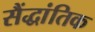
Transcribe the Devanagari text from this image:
सैंद्धांतिक